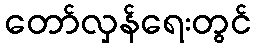
တော်လှန်ရေးတွင်